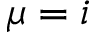
\mu = i